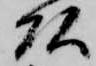
頭